Annual returns of the Patna Lunatic Asylum at Bankipore in Bihar and Orissa - 1912-1924
Year: 1912
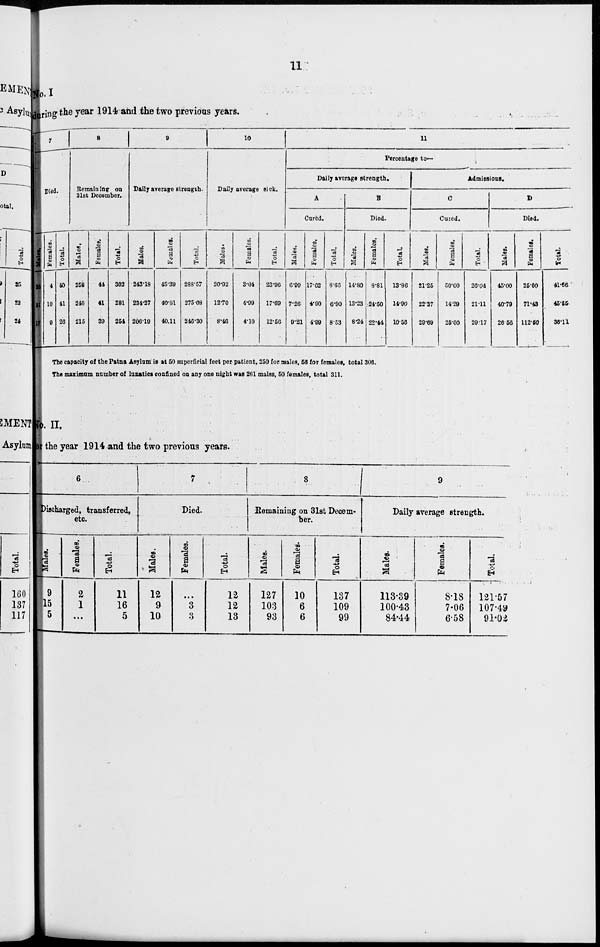
11
No.I
during the year 1914 and the two previous years.
7
Died.
Males.
38
31
17
Females.
4
10
9
Total.
40
41
26
8
Remaining on
31st December.
Males.
258
240
215
Females.
44
41
39
Total.
302
281
254
9
Daily average strength.
Males.
243.18
234.27
206.10
Females.
45.30
40.81
40.11
Total.
288.57
275.08
246.30
10
Daily average sick.
Males.
20.92
12.70
8.40
Females.
3.04
4.99
4.10
Total.
23.96
17.69
12.66
11
Percentage to—
Daily averags strength.
A
Cared.
Males.
6.99
7.26
9.21
Females.
17.62
4.90
4.99
Total.
8.60
6.90
8.53
B
Died.
Males.
14.80
13.23
8.24
Females.
8.81
24.50
22.44
Total.
13.86
14.90
10.56
Admissions.
C
Cured.
Males.
21.25
22.37
29.60
Females.
50.00
14.29
25.00
Total.
20.04
21.11
29.17
D
Died.
Males.
45.00
40.70
26.56
Females.
25.00
71.43
112.60
Total.
41.66
46.55
36.11
The capacity of the Patna Asylum is at 50 superficial feet per patient, 250 for males, 55 for females, total 306.
The maximum number of lunatics confined on any one night was 261 males, 50 females, total 311.
No. II.
or the year 1914 and the two previous years.
6
Discharged, transferred,
etc.
Males.
9
15
5
Females.
2
1
...
Total.
11
16
5
7
Died.
Males.
12
9
10
Females.
...
3
3
Total.
12
12
13
8
Remaining on 31st Decem-
ber.
Males.
127
103
93
Females.
10
6
6
Total.
137
109
99
9
Daily average strength.
Males.
113.39
100.43
84.44
Females.
8.18
7.06
6.58
Total.
121.57
107.49
91.02